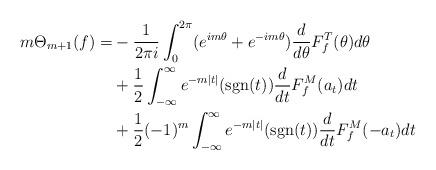
LaTeX: \begin{align*} m\Theta_{m+1}(f)=&-\frac{1}{2\pi i} \int_{0}^{2 \pi}(e^{im\theta}+e^{-im\theta})\frac{d}{d\theta}F^T_f(\theta)d\theta\\& +\frac{1}{2}\int_{-\infty}^{\infty} e^{-m|t|}(\mathrm{sgn}(t)) \frac{d}{dt} F^M_f(a_t)dt\\ &+\frac{1}{2}(-1)^m\int_{-\infty}^{\infty}e^{-m|t|}(\mathrm{sgn}(t))\frac{d}{dt}F_f^M(-a_t)dt\end{align*}